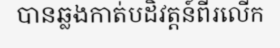
បានឆ្លងកាត់បដិវត្តន៍ពីរលើក